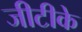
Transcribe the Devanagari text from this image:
जीटीके